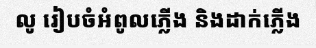
លូ រៀបចំអំពូលភ្លើង និងដាក់ភ្លើង